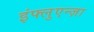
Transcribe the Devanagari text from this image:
इंफ्लुएन्ज़ा